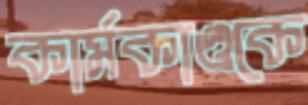
কার্মকাণ্ডকে